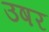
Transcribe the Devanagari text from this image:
उषर